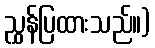
ညွှန်ပြထားသည်။)